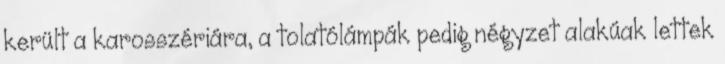
került a karosszériára, a tolatólámpák pedig négyzet alakúak lettek